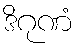
ဒိဂုဏံ